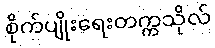
စိုက်ပျိုးရေးတက္ကသိုလ်